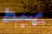
يهبط